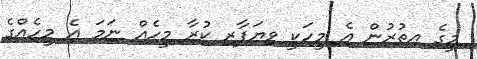
މީގެ އިތުރުން އެ މީހަކީ ވިޔަފާރި ކުރާ މީހެއް ނަމަ އެ މީހެއްގެ